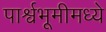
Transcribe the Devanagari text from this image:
पार्श्वभूमीमध्ये